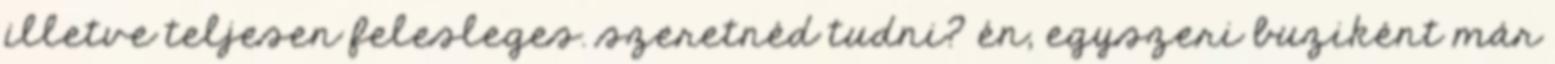
illetve teljesen felesleges. szeretnéd tudni? én, egyszeri buziként már